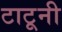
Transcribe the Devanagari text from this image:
टाटूनी